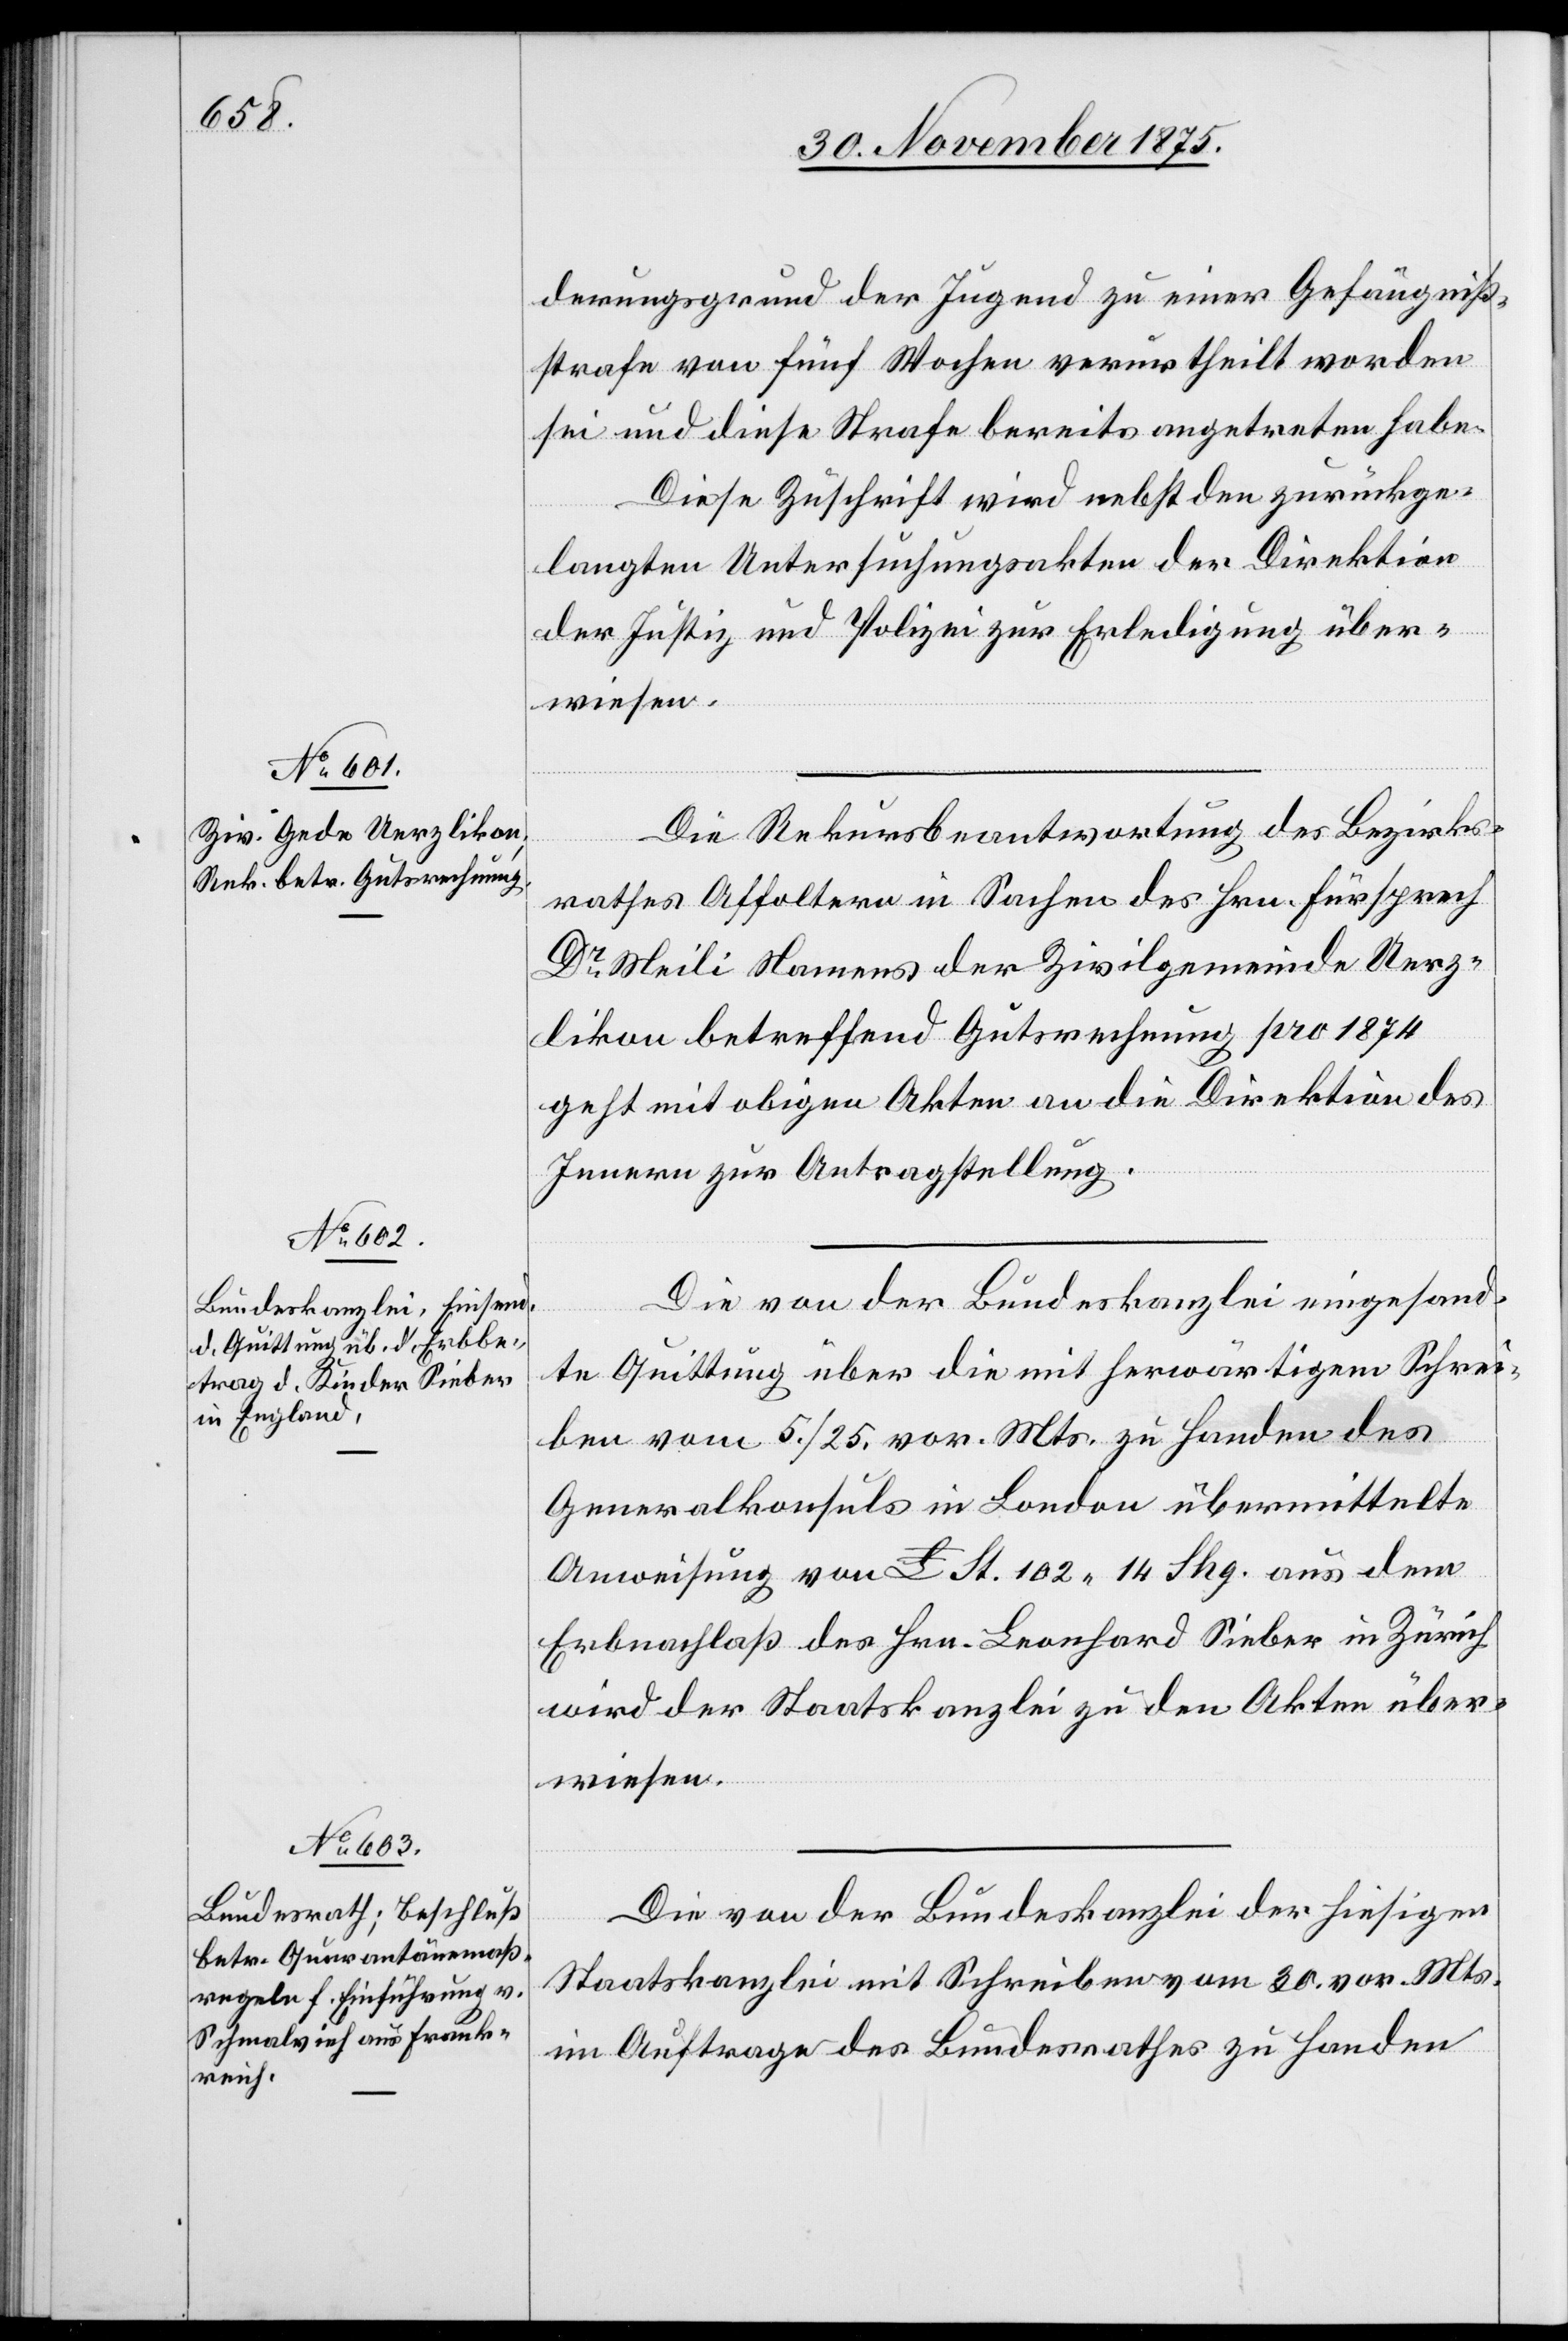
1. December 1875.]
derungsgrund der Jugend zu einer Gefängniß¬
strafe von fünf Wochen verurtheilt worden
sei und diese Strafe bereits angetreten habe.
Diese Zuschrift wird nebst den zurückge¬
langten Untersuchungsakten der Direktion
der Justiz und Polizei zur Erledigung über¬
wiesen.
Die Rekursbeantwortung des Bezirks¬
rathes Affoltern in Sachen des Hrn. Fürsprech
Dr Meili Namens der Zivilgemeinde Uerz¬
likon betreffend Gutsrechnung pro 1874
geht mit obigen Akten an die Direktion des
Innern zur Antragstellung.
Die von der Bundeskanzlei eingesand¬
te Quittung über die mit herwärtigem Schrei¬
ben vom 5./25. vor. Mts. zu Handen des
Generalkonsuls in London übermittelte
Anweisung von £ St. 102 14 Shg. aus dem
Erbnachlaß des Hrn. Leonhard Sieber in Zürich[,]
wird der Staatskanzlei zu den Akten über¬
wiesen.
Die von der Bundeskanzlei der hiesigen
Staatskanzlei mit Schreiben vom 30. vor. Mts.
im Auftrage des Bundesrathes zu Handen